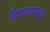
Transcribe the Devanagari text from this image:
शिजवण्यापासून